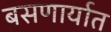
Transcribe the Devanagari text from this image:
बसणार्यात